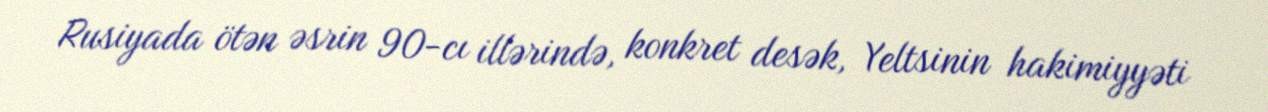
Rusiyada ötən əsrin 90-cı illərində, konkret desək, Yeltsinin hakimiyyəti